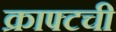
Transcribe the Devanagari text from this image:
क्राफ्टची